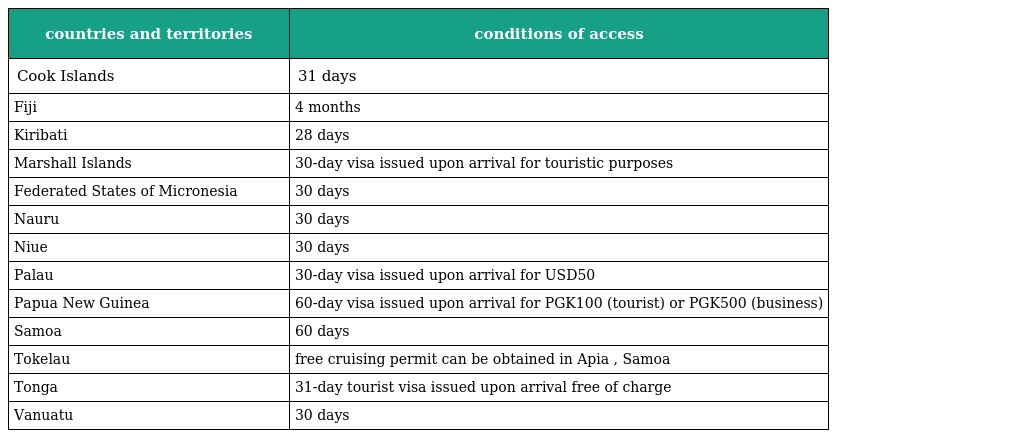
| countries and territories | conditions of access |
 | --- | --- |
 | Cook Islands | 31 days |
 | Fiji | 4 months |
 | Kiribati | 28 days |
 | Marshall Islands | 30-day visa issued upon arrival for touristic purposes |
 | Federated States of Micronesia | 30 days |
 | Nauru | 30 days |
 | Niue | 30 days |
 | Palau | 30-day visa issued upon arrival for USD50 |
 | Papua New Guinea | 60-day visa issued upon arrival for PGK100 (tourist) or PGK500 (business) |
 | Samoa | 60 days |
 | Tokelau | free cruising permit can be obtained in Apia , Samoa |
 | Tonga | 31-day tourist visa issued upon arrival free of charge |
 | Vanuatu | 30 days |